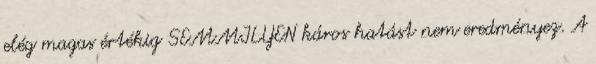
elég magas értékig SEMMILYEN káros hatást nem eredményez. A